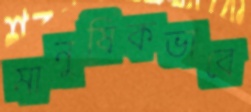
মানুষিকভাবে